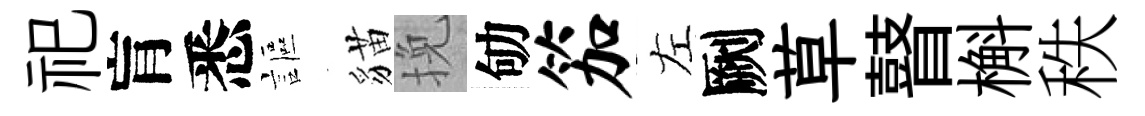
祀肓悉謳貓挽劬笳左劂草瞽槲秩